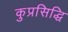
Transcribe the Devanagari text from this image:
कुप्रसिद्धि